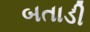
બતાડી